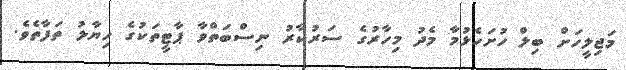
މަޖިލީހަށް ބިލް ހުށަހެޅުމާ މެދު މިހާރުގެ ސަރުކާރު ނިސްބަތްވާ ޕާޓީތަކުގެ ހިޔާލު ތަފާތެވެ.